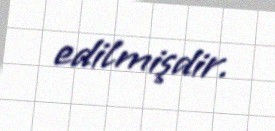
edilmişdir.